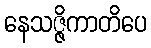
နေသဇ္ဇိကာတိပေ